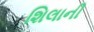
શિલાની